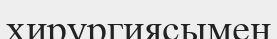
хирургиясымен